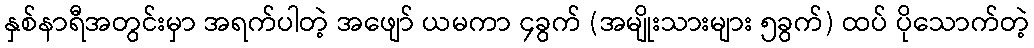
နှစ်နာရီအတွင်းမှာ အရက်ပါတဲ့ အဖျော် ယမကာ ၄ခွက် (အမျိုးသားများ ၅ခွက်) ထပ် ပိုသောက်တဲ့